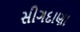
સીગદાણા